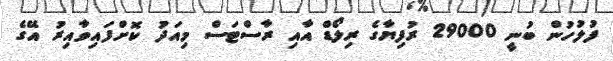
ފުލުހުން ބުނީ 29000 ރުފިޔާގެ ރިލޯޑް އާއި ރާސްޓަސް މިއަދު ކޮށްފައިވާއިރު އޭގެ